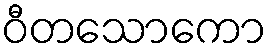
ဝီတသောကော